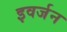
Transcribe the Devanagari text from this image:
इवर्जन